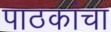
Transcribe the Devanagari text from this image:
पाठकांचा